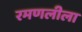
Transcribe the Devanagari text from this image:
रमणलीला